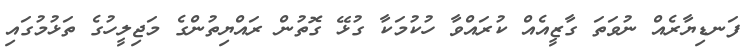
ފަނޑިޔާރެއް ނުވަތަ ގާޒީއެއް ކުރައްވާ ހުކުމަކާ ގުޅޭ ގޮތުން ރައްޔިތުންގެ މަޖިލީހުގެ ތަޅުމުގައި